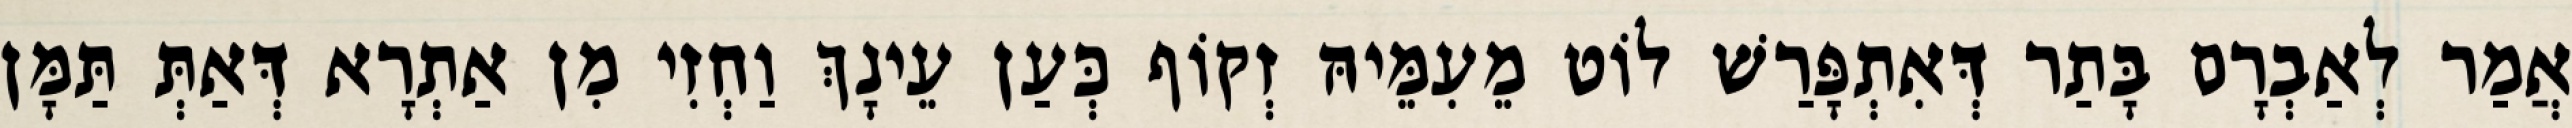
אֲמַר לְאַבְרָם בָּתַר דְּאִתְפָּרַשׁ לוֹט מֵעִמֵּיהּ זְקוֹף כְּעַן עֵינָךְ וַחְזִי מִן אַתְרָא דְּאַתְּ תַּמָּן